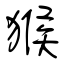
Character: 猴